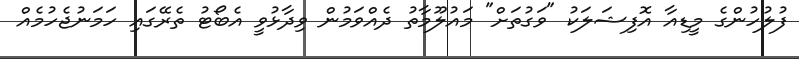
ފުލުހުންގެ މީޑިއާ އޮފިޝަލަކު "ވަގުތަށް" މައުލޫމާތު ދެއްވަމުން ވިދާޅުވީ އެބޯޓު ތެރޭގައި ހަމަނުޖެހުމެއް